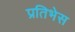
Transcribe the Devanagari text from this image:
प्रतिभेस